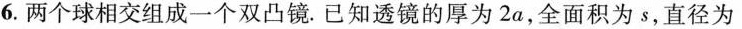
6.两个球相交组成一个双凸镜。已知透镜的厚为2a，全面积为s，直径为